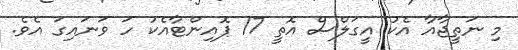
މި ނަތީޖާއާ އެކު އީގަލްސް އޮތީ 17 ޕޮއިންޓާއެކު ހަ ވަނައިގަ އެވެ.